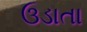
ઉડાતા